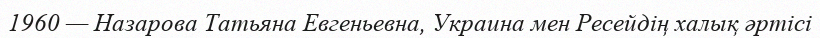
1960 — Назарова Татьяна Евгеньевна, Украина мен Ресейдің халық әртісі